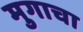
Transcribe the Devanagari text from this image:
मुगाचा